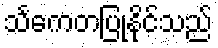
သင်္ကေတပြုနိုင်သည်